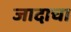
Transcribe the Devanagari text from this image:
जादाचा